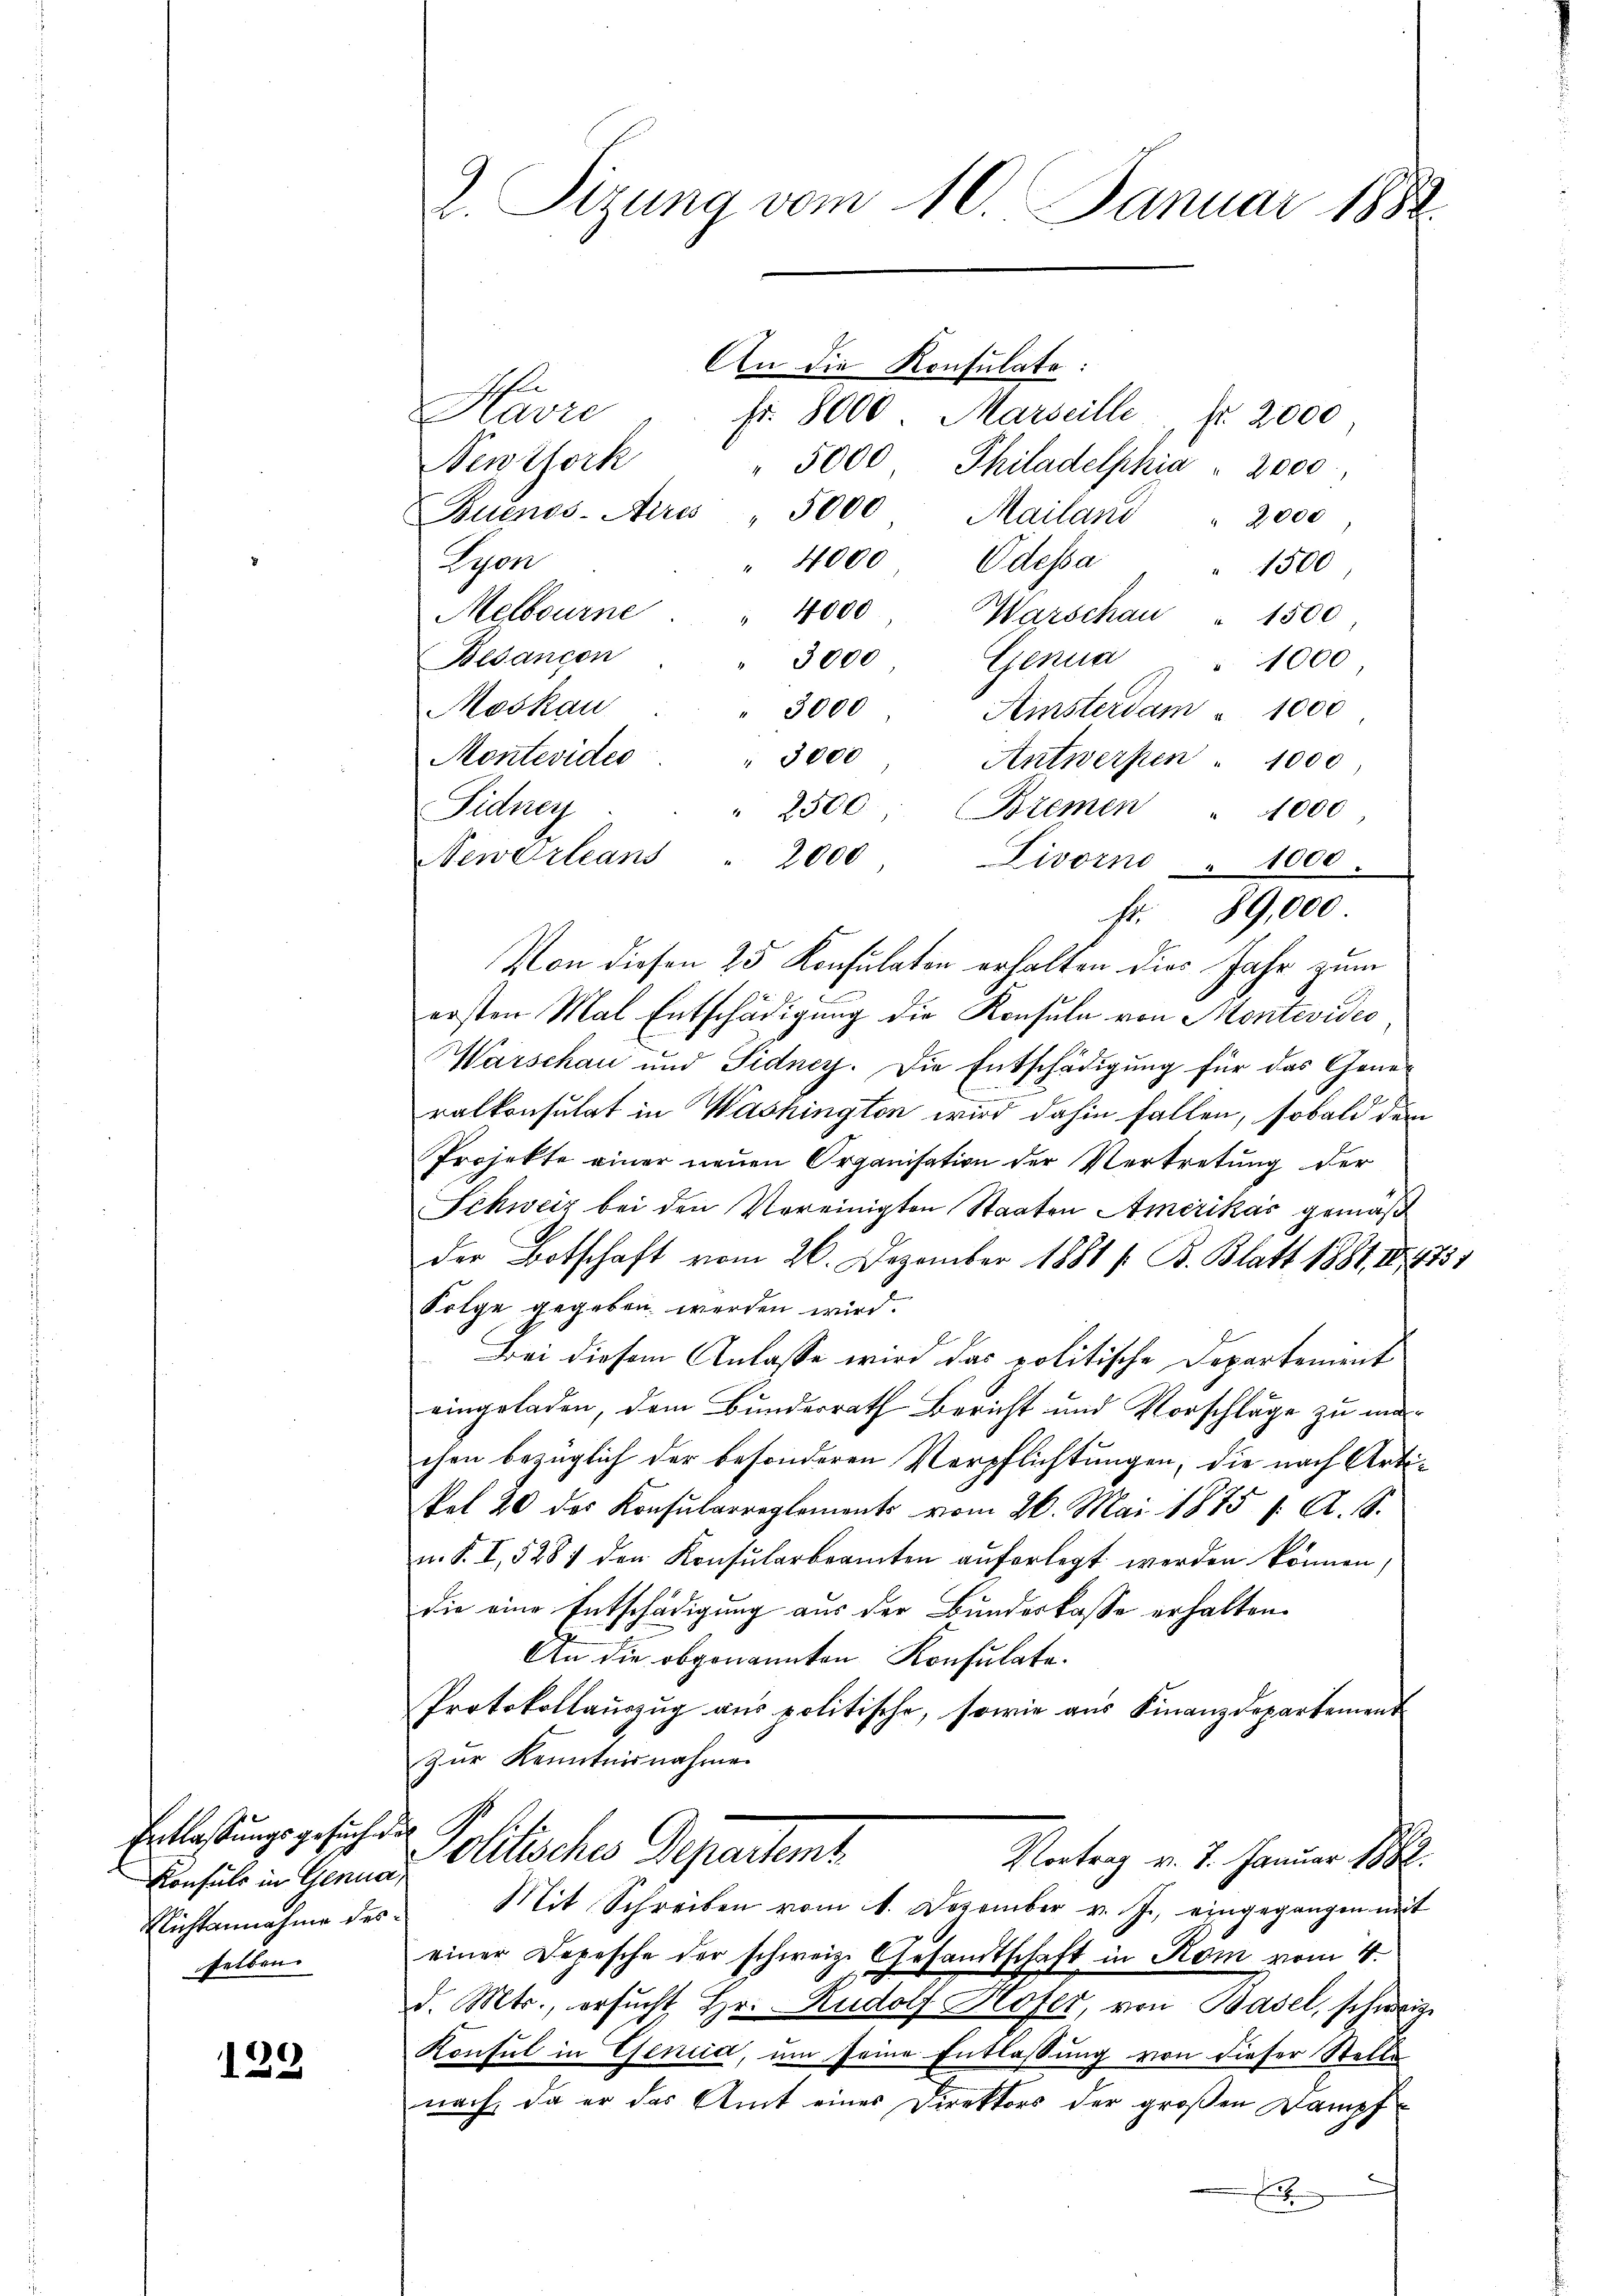
Konsuls in Genua,
Richtannahme desselben.

129

2. Sizung vom 10. Januar 1882

An die Konsulate:
Havre
fr. 8000. Marseille, fr. 2000
Neuthork
" 5000. Philadelphia " 2000.
Buenos-Ayres " 5000 Mailand " 2000
" 4000 Odessa
Lyon
1500
4000
Melbourne
Warschau " 1500
Besancen
3000
Genua " " 1000
Moskau
3000
Ainsterdam " 1000
Montevides
" 3000
Antwerpen " 1000
2500
Bremen
Sidner
1000
NewOrleans
2000
Livorno " 1000.
Von diesen 25 Konsulaten erhalten dies Jahr zum
ersten Mal Entschädigung die Konsula von Montevides
Warschau und Fidney. Die Entschädigung für das Generalkonsulat in Washington wird dahin fallen, sobald dem
Projekte einer neuen Organisation der Vertretung der
Schweiz bei den Vereinigten Staaten Amerikas gemäß
der Botschaft vom 26. Dezember 1881 / B. Blatt 1881, 184331
Folge gegeben werden wird.
Bei diesem Anlasse wird das politische Departement
eingeladen, dem Bundesrath Bericht und Vorschläge zu machen bezüglich der besonderen Verpflichtungen, die nach Artikel 20 des Konsularreglements vom 26. Mai 1875 1. A. S.
u. S. I, 5281 den Konsularbeamten auferlegt werden können,
die eine Entschädigung aus der Bundeskasse erhalten.
An die obgenannten Konsulate.
Protokollauszug aus politische, sowie aus Finanzdepartement
Zur Kenntnisnahme
Entlaßungsgesuchte Politisches Departemt
Vortrag v. 7. Januar 1882.
Mit Schreiben vom 1. Dezember v. J., eingegangen mit
einer Depesche der schweiz. Gesandtschaft in Kom vom 4.
d. Mts., ersŭcht Hr. Rudolf Hofer, von Basel, schweiz.
Konsul in Genia, um seine Entlassung von dieser Stelle
nach, da er das Amt eines Direktors der großen Dampf¬
E

fr. 89,000